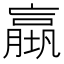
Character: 𡑤